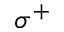
\sigma ^ { + }